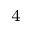
_ 4